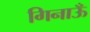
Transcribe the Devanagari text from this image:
गिनाऊँ